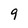
Character: 9